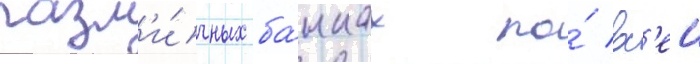
разл'и́чных ба́нках по́ вс'еи